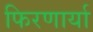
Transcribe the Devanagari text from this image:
फिरणार्या